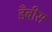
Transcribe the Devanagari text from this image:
डँबीस